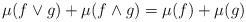
LaTeX: \begin{align*}\mu(f\vee g)+\mu(f\wedge g)=\mu(f)+\mu(g)\end{align*}